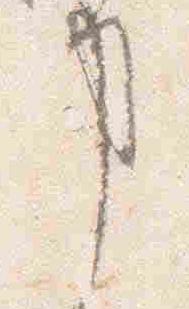
事